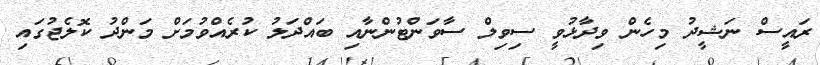
ރައީސް ނަޝީދު މިހެން ވިދާޅުވީ ސިވިލް ސާވަންޓުންނާއި ބައްދަލު ކުރެއްވުމަށް މަންދު ކޮލެޖުގައި